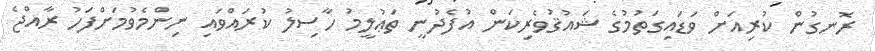
ރޮނގުން ކުރިއަށް ވަޑައިގަތުމުގެ ޝައުޤުވެރިކަން އުފެދުނީ ތަޢުލީމު ހާސިލު ކުރައްވައި ނިންމެވުމަށްފަހު ރާއްޖެ